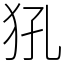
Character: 犼